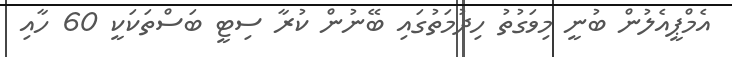
އެމްޕީއެލުން ބުނީ މިވަގުތު ހިދުމަތުގައި ބޭނުން ކުރާ ސިޓީ ބަސްތަކަކީ 60 ހާއި